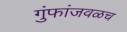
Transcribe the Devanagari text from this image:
गुंफांजवळच